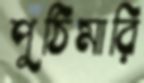
পুঠিমারি